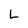
Character: L